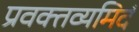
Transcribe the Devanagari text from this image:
प्रवक्तव्यमिदं